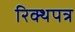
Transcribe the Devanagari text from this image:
रिक्थपत्र